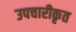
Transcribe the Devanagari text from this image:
उपचारीकृत